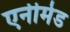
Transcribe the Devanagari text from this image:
एनीमेड